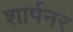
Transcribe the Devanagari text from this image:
शार्पनर